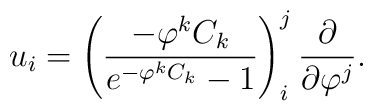
u_i=\left(\frac{-\varphi^kC_k}{e^{-\varphi^kC_k}-1}\right)^j_i\frac{\partial}{\partial \varphi^j}.